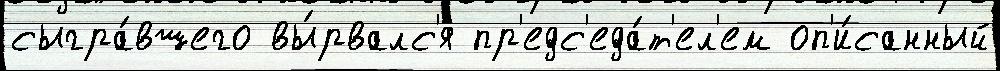
сыгра́вшего вы́рвалс'я пр'едс'еда́т'ел'ем оп'и́санный